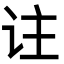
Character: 𬣣